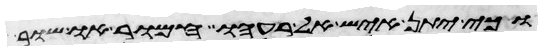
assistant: וכי יתן איש אל רעהו חמור או שור